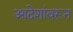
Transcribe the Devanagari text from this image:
आदेशांवरून